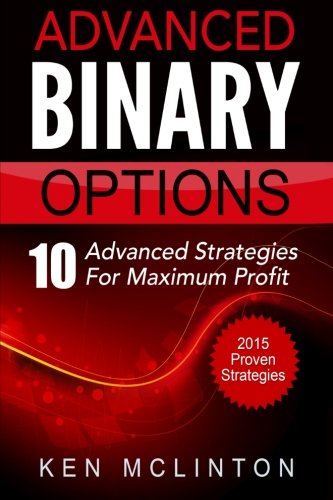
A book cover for Advanced Binary Options: Advanced Strategies For Maximum Profit (Learn Binary Options) (Volume 2); Ken McLinton; Business & Money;